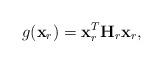
LaTeX: \begin{align*} g({\bf x}_r)={\bf x}_r^T{\bf H}_r{\bf x}_r,\end{align*}